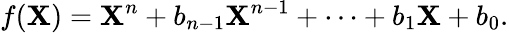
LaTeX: f(\mathbf{X})=\mathbf{X}^{n}+b_{n-1}\mathbf{X}^{n-1}+\cdots+b_{1}\mathbf{X}+b_{0}.